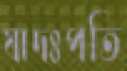
যাদঃপতি